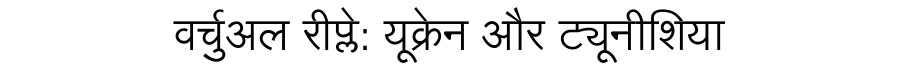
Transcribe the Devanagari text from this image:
वर्चुअल रीप्ले: यूक्रेन और ट्यूनीशिया